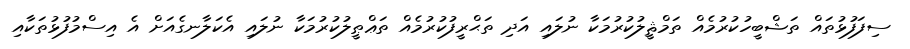
ސިފަފުޅުތައް ތަޝްބީހުކުރުމެއް ތަމްޘީލުކުރުމަކާ ނުލައި އަދި ތަޙްރީފުކުރުމެއް ތަޢްޠީލުކުރުމަކާ ނުލައި އެކަލާނގެއަށް އެ އިސްމުފުޅުތަކާއި